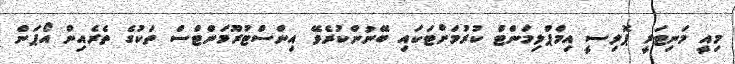
މިއީ މަނިޓަރީ ޕޮލިސީ އިމްޕްލިމަންޓް ކުރުމަށްޓަކައި ބޭނުންކުރެވޭ އިންސްޓުރޫމަންޓްސް ތަކުގެ ތެރެއިން އޯޕަން